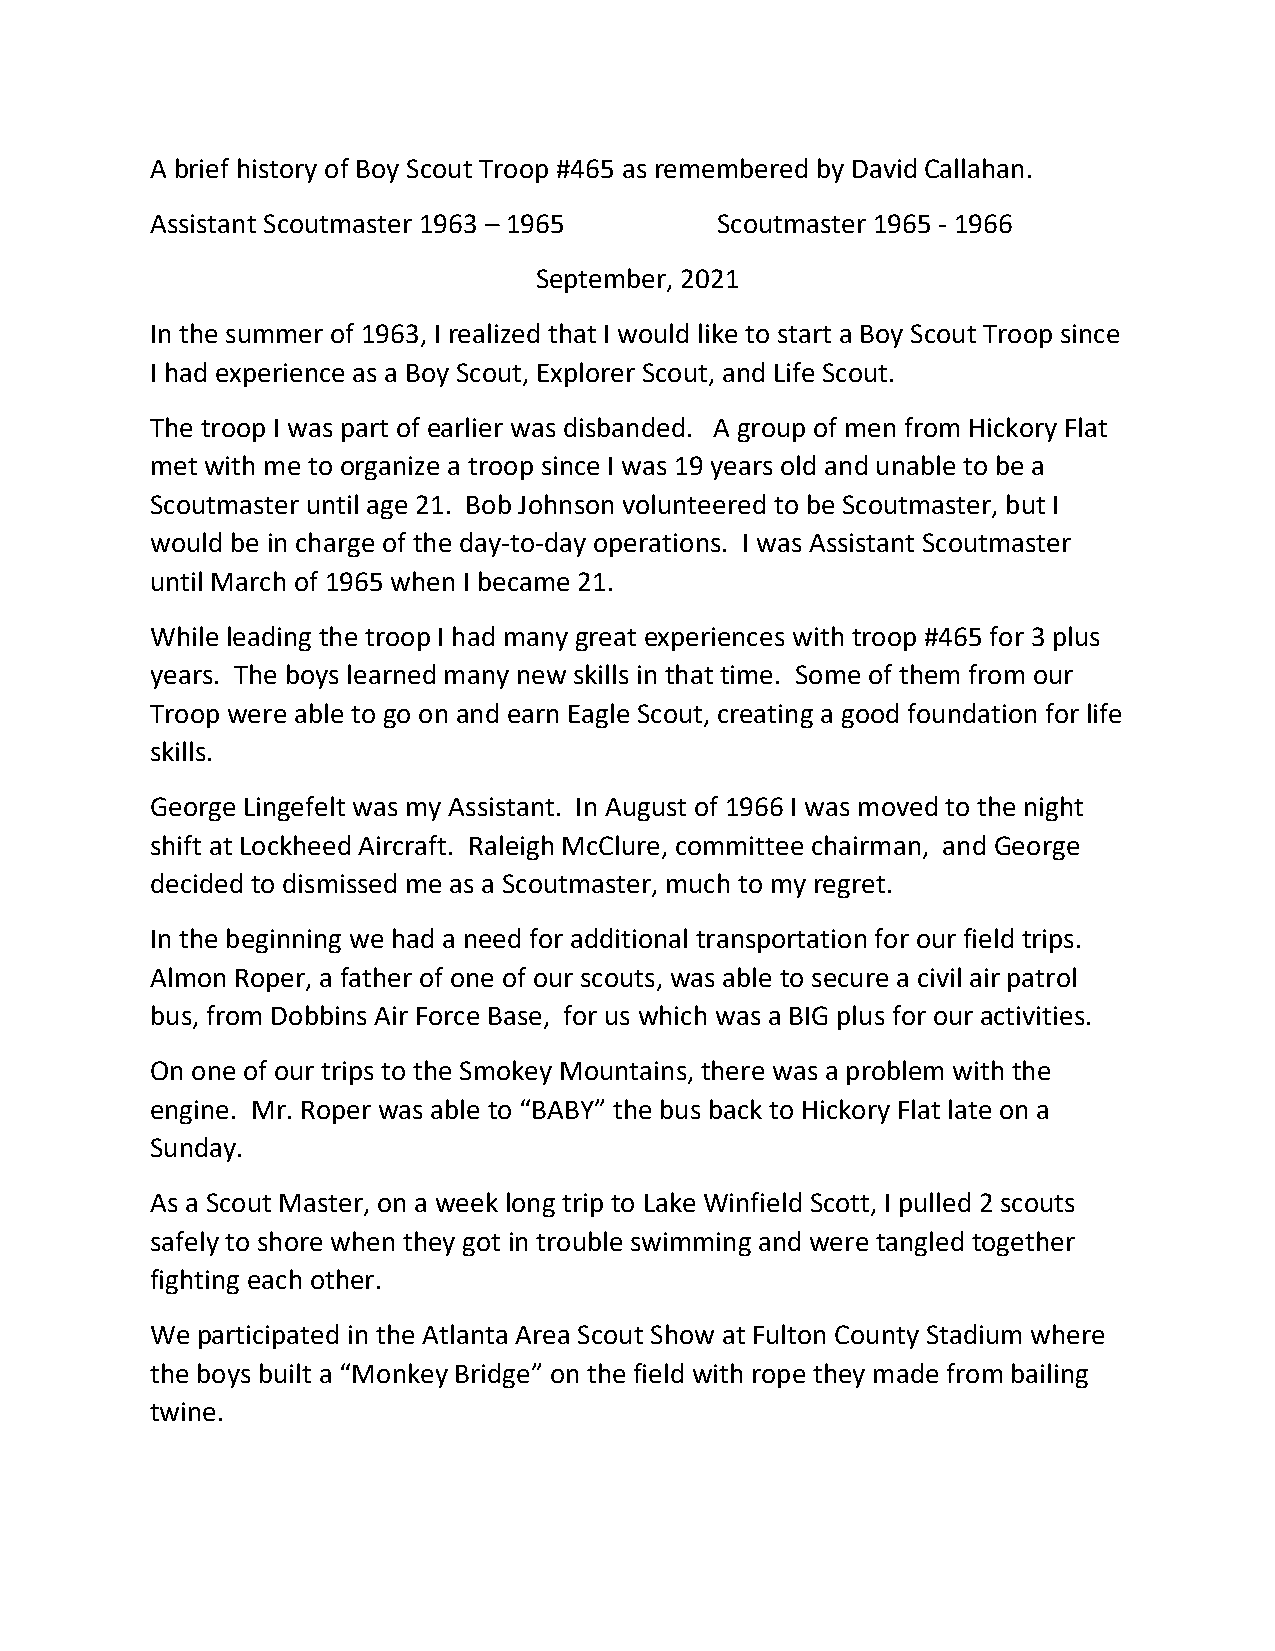
A brief history of Boy Scout Troop #465 as remembered by David Callahan.
 Assistant Scoutmaster 1963 – 1965    Scoutmaster 1965 ‐ 1966
 September, 2021
 In the summer of 1963, I realized that I would like to start a Boy Scout Troop since
 I had experience as a Boy Scout, Explorer Scout, and Life Scout.
 The troop I was part of earlier was disbanded. A group of men from Hickory Flat
 met with me to organize a troop since I was 19 years old and unable to be a
 Scoutmaster until age 21. Bob Johnson volunteered to be Scoutmaster, but I
 would be in charge of the day‐to‐day operations. I was Assistant Scoutmaster
 until March of 1965 when I became 21.
 While leading the troop I had many great experiences with troop #465 for 3 plus
 years. The boys learned many new skills in that time. Some of them from our
 Troop were able to go on and earn Eagle Scout, creating a good foundation for life
 skills.
 George Lingefelt was my Assistant. In August of 1966 I was moved to the night
 shift at Lockheed Aircraft. Raleigh McClure, committee chairman, and George
 decided to dismissed me as a Scoutmaster, much to my regret.
 In the beginning we had a need for additional transportation for our field trips.
 Almon Roper, a father of one of our scouts, was able to secure a civil air patrol
 bus, from Dobbins Air Force Base, for us which was a BIG plus for our activities.
 On one of our trips to the Smokey Mountains, there was a problem with the
 engine. Mr. Roper was able to “BABY” the bus back to Hickory Flat late on a
 Sunday.
 As a Scout Master, on a week long trip to Lake Winfield Scott, I pulled 2 scouts
 safely to shore when they got in trouble swimming and were tangled together
 fighting each other.
 We participated in the Atlanta Area Scout Show at Fulton County Stadium where
 the boys built a “Monkey Bridge” on the field with rope they made from bailing
 twine.